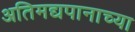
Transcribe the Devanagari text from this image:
अतिमद्यपानाच्या